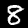
Digit: 8